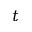
t